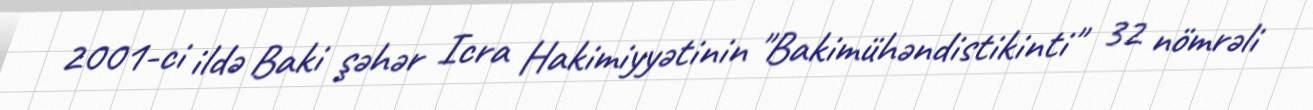
2001-ci ildə Baki şəhər Icra Hakimiyyətinin "Bakimühəndistikinti" 32 nömrəli